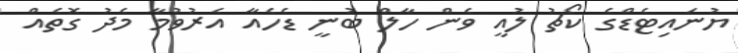
ޔުނައިޓެޑްގެ ކޯޗު ލުއީ ވެން ހާލް ބުނީ ޑެހެއާ އެރުވުމާ މެދު ގޮތެއް